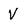
Character: V